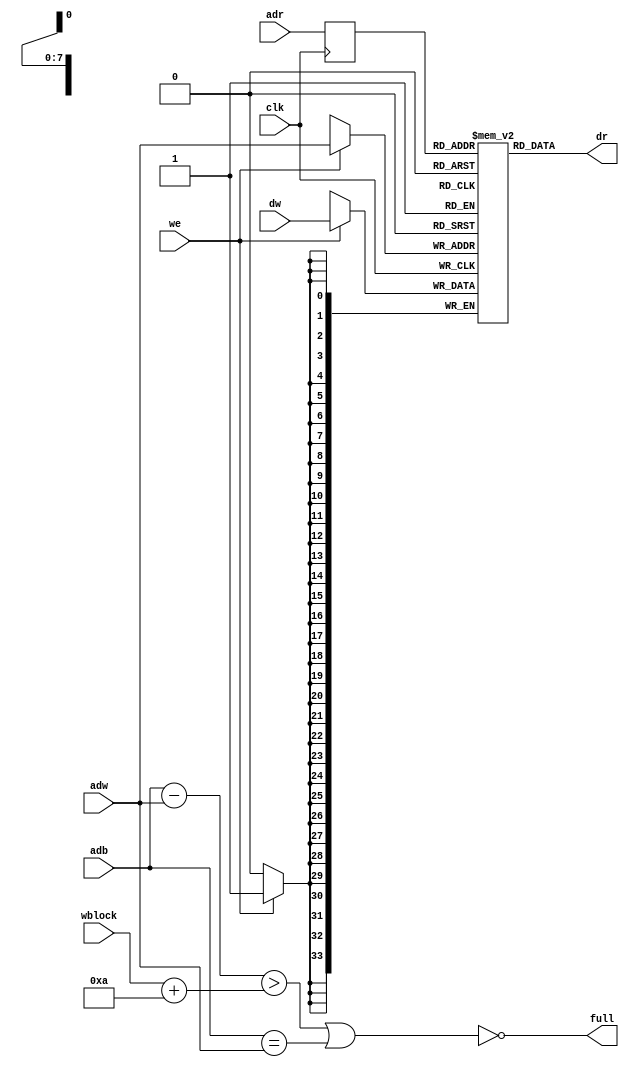
// This  Verilog HDL  source  file was  automatically generated
// by C++ model based on VPP library. Modification of this file
// is possible, but if you want to keep it in sync with the C++
// model,  please  modify  the model and re-generate this file.
// VPP library web-page: http://www.phys.ufl.edu/~madorsky/vpp/

// Timestamp : Thu Jun 13 12:52:58 2013

module best_memory
(
    adw,
    adr,
    adb,
    dw,
    dr,
    we,
    wblock,
    full,
    clk
);

    input [7:0] adw;
    input [7:0] adr;
    input [7:0] adb;
    input [33:0] dw;
    output [33:0] dr;
    input we;
    input [7:0] wblock;
    output full;
    input clk;

    reg [7:0] adrr;
    reg [33:0] mem [255:0];
    // synthesis attribute ram_style of mem is block
    wire [7:0] diff;
    assign diff = adb - adw;
    assign full = !((diff > (wblock + 10)) || (adb == adw));
    always @(posedge clk) 
    begin
        if (we) mem[adw] = dw;
        adrr = adr;
    end
    assign dr = mem[adrr];
endmodule